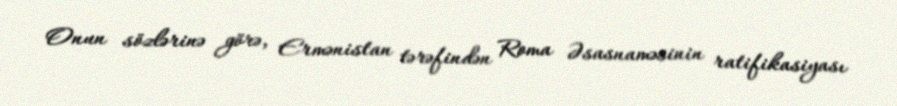
Onun sözlərinə görə, Ermənistan tərəfindən Roma Əsasnaməsinin ratifikasiyası